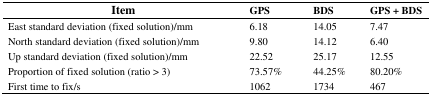
<table><thead><tr><td><b>Item</b></td><td><b>GPS</b></td><td><b>BDS</b></td><td><b>GPS + BDS</b></td></tr></thead><tbody><tr><td>East standard deviation (fixed solution)/mm</td><td>6.18</td><td>14.05</td><td>7.47</td></tr><tr><td>North standard deviation (fixed solution)/mm</td><td>9.80</td><td>14.12</td><td>6.40</td></tr><tr><td>Up standard deviation (fixed solution)/mm</td><td>22.52</td><td>25.17</td><td>12.55</td></tr><tr><td>Proportion of fixed solution (ratio &gt; 3)</td><td>73.57%</td><td>44.25%</td><td>80.20%</td></tr><tr><td>First time to fix/s</td><td>1062</td><td>1734</td><td>467</td></tr></tbody></table>